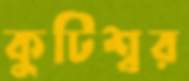
কুটিশ্বর